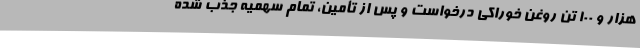
هزار و 100 تن روغن خوراکی درخواست و پس از تأمین، تمام سهمیه جذب شده